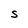
Character: S